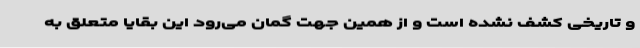
و تاریخی کشف نشده است و از همین جهت گمان می‌رود این بقایا متعلق به